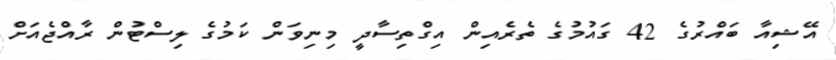
އޭޝިއާ ބައްރުގެ 42 ގައުމުގެ ތެރެއިން އިގްތިސާދީ މިނިވަން ކަމުގެ ލިސްޓުން ރާއްޖެއަށް